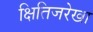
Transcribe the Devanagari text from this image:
क्षितिजरेखा